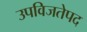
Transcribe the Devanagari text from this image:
उपविजतेपद